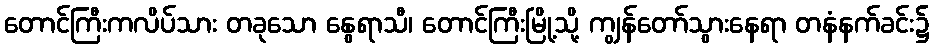
တောင်ကြီးကလိပ်သား တခုသော နွေရာသီ၊ တောင်ကြီးမြို့သို့ ကျွန်တော်သွားနေရာ တနံနက်ခင်း၌